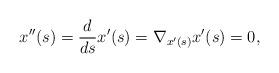
LaTeX: \begin{align*}x''(s) &= \frac{d}{ds} x'(s) =\nabla_{x'(s)}x'(s) = 0,\end{align*}